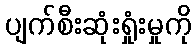
ပျက်စီးဆုံးရှုံးမှုကို